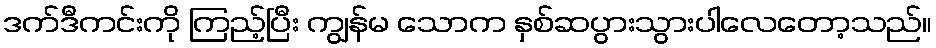
ဒက်ဒီကင်းကို ကြည့်ပြီး ကျွန်မ သောက နှစ်ဆပွားသွားပါလေတော့သည်။